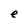
Character: e